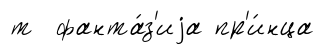
т фанта́з'иjа пр'и́нца